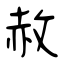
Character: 赦